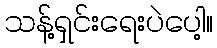
သန့်ရှင်းရေးပဲပေါ့။